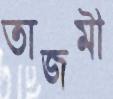
তাজমী